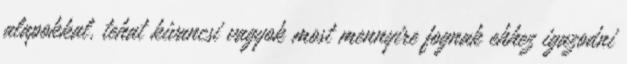
alapokkal, tehat kivancsi vagyok most mennyire fognak ehhez igazodni